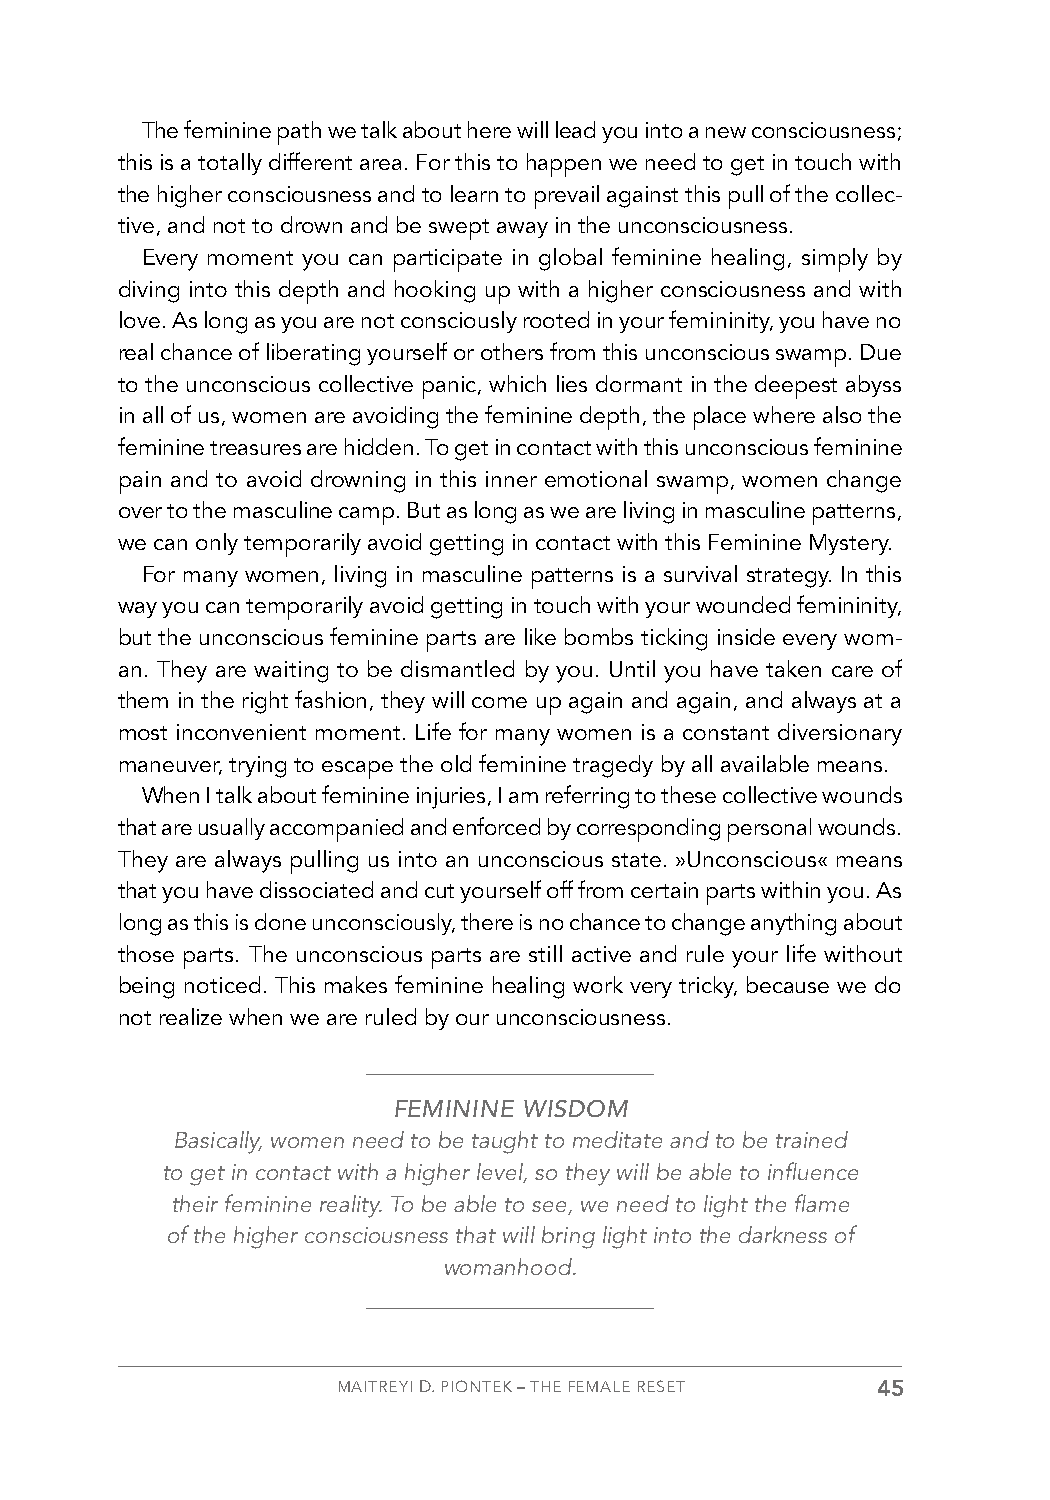
The feminine path we talk about here will lead you into a new consciousness;
 this is a totally different area. For this to happen we need to get in touch with
 the higher consciousness and to learn to prevail against this pull of the collec-
 tive, and not to drown and be swept away in the unconsciousness.
 Every moment you can participate in global feminine healing, simply by
 diving into this depth and hooking up with a higher consciousness and with
 love. As long as you are not consciously rooted in your femininity, you have no
 real chance of liberating yourself or others from this unconscious swamp. Due
 to the unconscious collective panic, which lies dormant in the deepest abyss
 in all of us, women are avoiding the feminine depth, the place where also the
 feminine treasures are hidden. To get in contact with this unconscious feminine
 pain and to avoid drowning in this inner emotional swamp, women change
 over to the masculine camp. But as long as we are living in masculine patterns,
 we can only temporarily avoid getting in contact with this Feminine Mystery.
 For many women, living in masculine patterns is a survival strategy. In this
 way you can temporarily avoid getting in touch with your wounded femininity,
 but the unconscious feminine parts are like bombs ticking inside every wom-
 an. They are waiting to be dismantled by you. Until you have taken care of
 them in the right fashion, they will come up again and again, and always at a
 most inconvenient moment. Life for many women is a constant diversionary
 maneuver, trying to escape the old feminine tragedy by all available means.
 When I talk about feminine injuries, I am referring to these collective wounds
 that are usually accompanied and enforced by corresponding personal wounds.
 They are always pulling us into an unconscious state. »Unconscious« means
 that you have dissociated and cut yourself off from certain parts within you. As
 long as this is done unconsciously, there is no chance to change anything about
 those parts. The unconscious parts are still active and rule your life without
 being noticed. This makes feminine healing work very tricky, because we do
 not realize when we are ruled by our unconsciousness.
 FEMININE WISDOM
 Basically, women need to be taught to meditate and to be trained
 to get in contact with a higher level, so they will be able to influence
 their feminine reality. To be able to see, we need to light the flame
 of the higher consciousness that will bring light into the darkness of
 womanhood.
 MAITREYI D. PIONTEK – THE FEMALE RESET 45